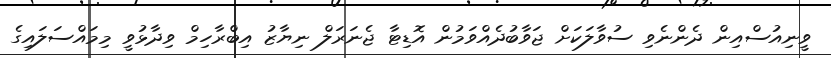
ވީނިއުސްއިން ދެންނެވި ސުވާލަކަށް ޖަވާބުދެއްވަމުން އޮޑިޓާ ޖެނަރަލް ނިޔާޒު އިބްރާހިމް ވިދާޅުވީ މިމައްސަލައިގެ